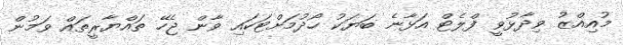
މުއިއްޒު ވިދާޅުވީ ފްލެޓް އަޅާނެ ބަޔަކު ހޯދުމަށްޓަކައި ވާން ޖެހޭ ތައްޔާރީތައް ވަމުން